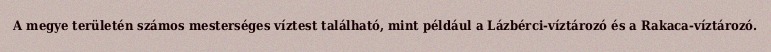
A megye területén számos mesterséges víztest található, mint például a Lázbérci-víztározó és a Rakaca-víztározó.